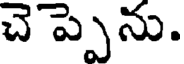
చెప్పెను.